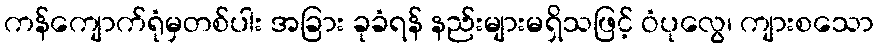
ကန်ကျောက်ရုံမှတစ်ပါး အခြား ခုခံရန် နည်းများမရှိသဖြင့် ဝံပုလွေ၊ ကျားစသော